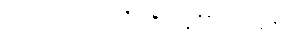
၆။ ကုဒြုသက = လူးစပါးမျိုး၊